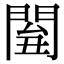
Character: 𨴘